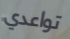
تواعدي